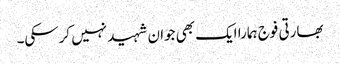
بھارتی فوج ہمارا ایک بھی جوان شہید نہیں کرسکی۔